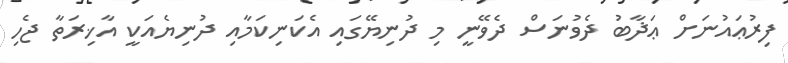
ފިރުޢައުނަށް ޢަޛާބު ދެވުނަސް ދެވޭނީ މި ދުނިޔޭގައި އެކަނިކަމާއި ދުނިޔެއަކީ އާޚިރަތާ ޖެހި